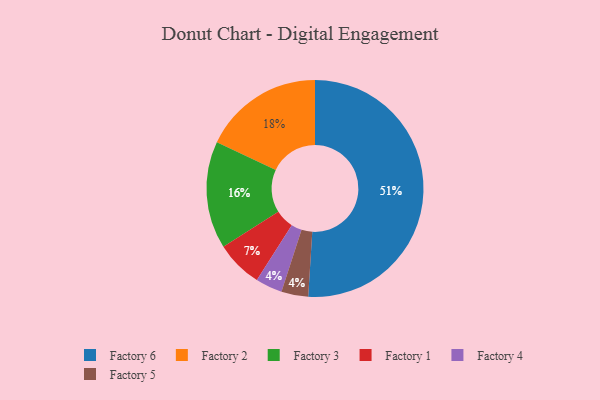
{"axis": {"x": "Category", "y": "Percentage"}, "legend": ["Factory 1", "Factory 2", "Factory 3", "Factory 4", "Factory 5", "Factory 6"], "data": [{"x": "Factory 4", "y": 4, "type": "Factory 4"}, {"x": "Factory 3", "y": 16, "type": "Factory 3"}, {"x": "Factory 6", "y": 51, "type": "Factory 6"}, {"x": "Factory 5", "y": 4, "type": "Factory 5"}, {"x": "Factory 2", "y": 18, "type": "Factory 2"}, {"x": "Factory 1", "y": 7, "type": "Factory 1"}]}